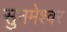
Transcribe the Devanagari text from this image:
सुनमेश्वर